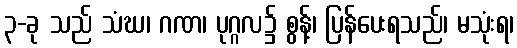
၃-ခု သည် သံဃ၊ ဂဏ၊ ပုဂ္ဂလ၌ စွန့်၊ ပြန်ပေးရသည်၊ မသုံးရ၊